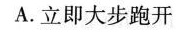
A.立即大步跑开